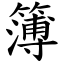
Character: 簿